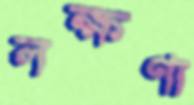
লক্ষণা